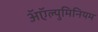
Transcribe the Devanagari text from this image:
अॅऍल्युमिनियम